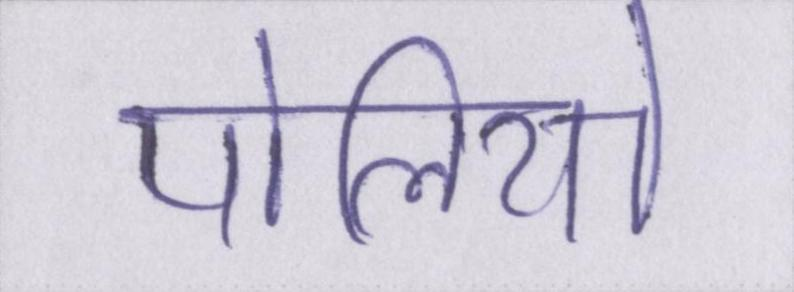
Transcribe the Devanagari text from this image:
पोलियो